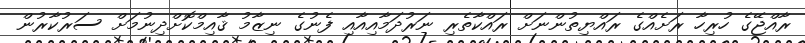
ރާއްޖޭގެ ހުރިހާ ރަށެއްގެ ރައްޔިތުންނަށް ރައްކާތެރި ނަރުދަމާއިއާއި ފެނުގެ ނިޒާމު ޤާއިމްކޮށްދިނުމަށް ސަރުކާރުން